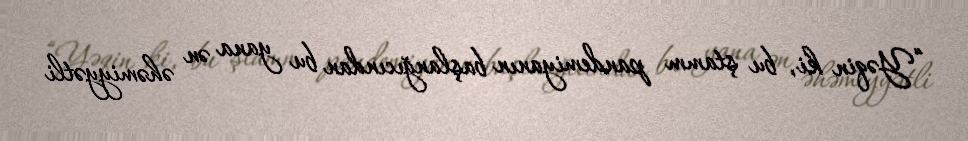
“Yəqin ki, bu ştamm pandemiyanın başlanğıcından bu yana ən əhəmiyyətli